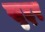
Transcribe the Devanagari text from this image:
खुद्दर